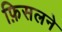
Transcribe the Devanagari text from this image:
फ़िसलने